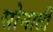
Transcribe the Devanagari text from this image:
सोनाटी